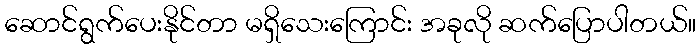
ဆောင်ရွက်ပေးနိုင်တာ မရှိသေးကြောင်း အခုလို ဆက်ပြောပါတယ်။